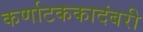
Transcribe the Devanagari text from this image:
कर्णाटककादंबरी